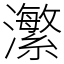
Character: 瀿